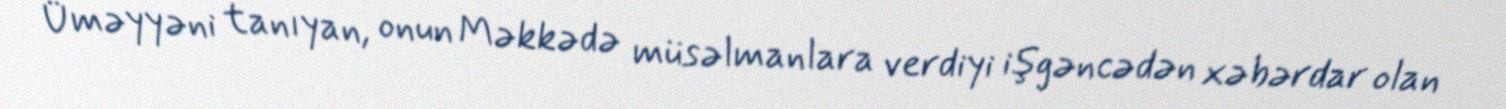
Üməyyəni tanıyan, onun Məkkədə müsəlmanlara verdiyi işgəncədən xəbərdar olan